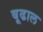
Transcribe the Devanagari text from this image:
बूढाल